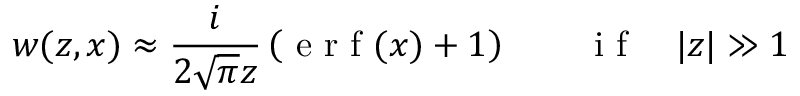
w ( z , x ) \approx \frac { i } { 2 \sqrt { \pi } z } \left( \mathrm { ~ e ~ r ~ f ~ } ( x ) + 1 \right) \quad \quad \mathrm { ~ i ~ f ~ } \quad | z | \gg 1